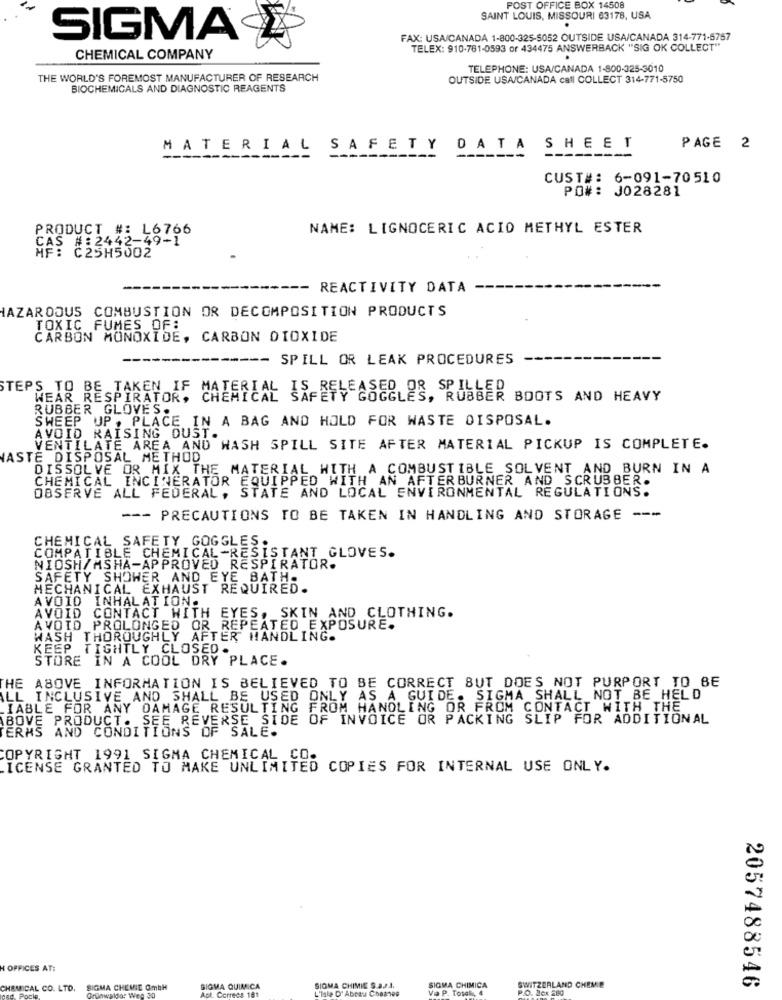
POST OFFICE BOX 14508
SAINT LOUIS, MISSOURI 63178, USA
SIGMA
FAX: USA/CANADA 1-800-325-5052 OUTSIDE USA/CANADA 314-771-5757
TELEX: 910-781-0593 or 434475 ANSWERBACK "SIG OK COLLECT"
CHEMICAL COMPANY
TELEPHONE: USA/CANADA 1-800-325-3010
THE WORLD'S FOREMOST MANUFACTURER OF RESEARCH
OUTSIDE USA/CANADA call COLLECT 314-771-5750
BIOCHEMICALS AND DIAGNOSTIC REAGENTS
MATERIAL
SAFETY
DATA SHEET
PAGE 2
CUST#: 6-091-70510
PO#: J028281
PRODUCT #: L6766
NAME: LIGNOCERIC ACID METHYL ESTER
CAS # :2442-49-1
C25H5002
--- REACTIVITY DATA
HAZARDOUS COMBUSTION OR DECOMPOSITION PRODUCTS
TOXIC FUMES OF:
CARBON MONOXIDE, CARBON DIOXIDE
-- SPILL OR LEAK PROCEDURES
STEPS TO BE TAKEN IF
OR SPILLED
WEAR RESPIRATOR, CHEMICAL SSARSI
EGLES, RUBBER BOOTS AND HEAVY
RUBBER GLOVES
SWEEP UP , PLACE IN A BAG AND HOLD FOR WASTE DISPOSAL.
AVOID RAISING OUST.
VENTILATE AREA AND WASH SPILL SITE AFTER MATERIAL PICKUP IS COMPLETE.
WASTE DISPOSAL METHOD
DISSOLVE OR MIX THE MATERIAL WITH A COMBUSTIBLE SOLVENT AND BURN IN A
CHEMICAL INCINERATOR EQUIPPED WITH AN AFTERBURNER AND SCRUBBER.
OBSERVE ALL FEDERAL, STATE AND LOCAL ENVIRONMENTAL REGULATIONS.
--- PRECAUTIONS TO BE TAKEN IN HANDLING AND STORAGE ---
CHEMICAL SAFETY GOGGLES.
COMPATIBLE CHEMICAL-RESISTANT GLOVES.
NIOSH/MSHA-APPROVED RESPIRATOR.
SAFETY SHOWER AND EYE BATH.
MECHANICAL EXHAUST REQUIRED.
AVOID INHALATION.
AVOID CONTACT WITH EYES, SKIN AND CLOTHING.
AVOID PROLONGED OR REPEATED EXPOSURE.
WASH THOROUGHLY AFTER HANDLING.
KEEP TIGHTLY CLOSED .
STORE IN A COOL DRY PLACE.
THE ABOVE INFORMATION IS BELIEVED TO BE CORRECT BUT DOES NOT PURPORT TO BE
ALL INCLUSIVE AND SHALL BE USED ONLY AS A GUIDE. SIGMA SHALL NOT BE HELD
IABLE FOR ANY DAMAGE RESULTING FROM HANDLING OR FROM CONTACT WITH THE
ABOVE PRODUCT. SEE REVERSE SIDE OF INVOICE OR PACKING SLIP FOR ADDITIONAL
TERMS AND CONDITIONS OF SALE.
COPYRIGHT 1991 SIGMA CHEMICAL CO.
LICENSE GRANTED TO MAKE UNLIMITED COPIES FOR INTERNAL USE ONLY.
H OFFICES AT:
2057488546
CHEMICAL CO. LTD.
SIGMA CHEMIE OmbH
Didar Wen 30
SIGMA QUIMICA
L. Cerrees 181
SIGMA CHIMIE SAJ ..
SIGMA CHIMICA
Tosak, 4
IMICA
SWITZERLAND CHEMIE
O. 20x 200
esd Pocie,